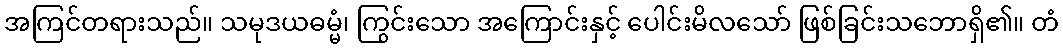
အကြင်တရားသည်။ သမုဒယဓမ္မံ၊ ကြွင်းသော အကြောင်းနှင့် ပေါင်းမိလသော် ဖြစ်ခြင်းသဘောရှိ၏။ တံ